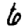
Digit: 6